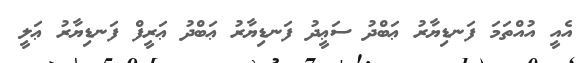
އެއީ އުއްތަމަ ފަނޑިޔާރު ޢަބްދު ސަޢީދު ފަނޑިޔާރު ޢަބްދު ޢަރީފް ފަނޑިޔާރު ޢަލީ